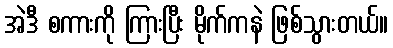
အဲဒီ စကားကို ကြားပြီး မိုက်ကနဲ ဖြစ်သွားတယ်။